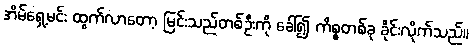
အိမ်ရှေ့မင်း ထွက်လာတော့ မြင်းသည်တစ်ဦးကို ခေါ်၍ ကိစ္စတစ်ခု ခိုင်းလိုက်သည်။